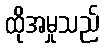
ထိုအမှုသည်